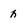
Character: h